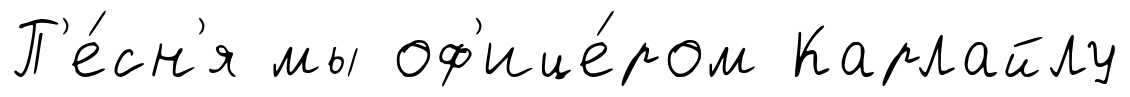
П'е́сн'я мы оф'ице́ром Карлайлу